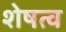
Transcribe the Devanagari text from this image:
शेषत्व